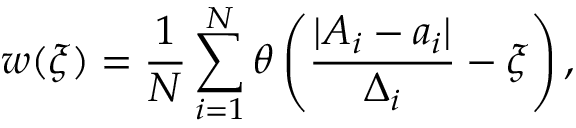
w ( \xi ) = \frac { 1 } { N } \sum _ { i = 1 } ^ { N } \theta \left( \frac { | A _ { i } - a _ { i } | } { \Delta _ { i } } - \xi \right) ,